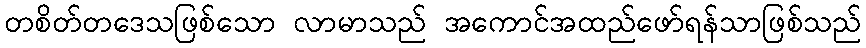
တစိတ်တဒေသဖြစ်သော လာမာသည် အကောင်အထည်ဖော်ရန်သာဖြစ်သည်